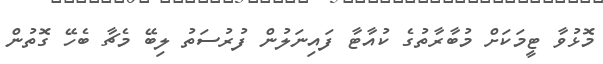
މޮޅުވާ ޓީމަކަށް މުބާރާތުގެ ކުއާޓާ ފައިނަލުން ފުރުސަތު ލިބޭ މެޗާ ބެހޭ ގޮތުން